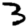
Digit: 3